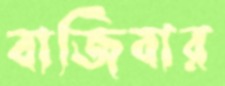
বাজিবার